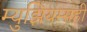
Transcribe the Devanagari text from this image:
म्युझियम्सही